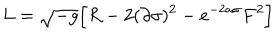
L = \sqrt { - g } \Big [ R - 2 ( \partial \sigma ) ^ { 2 } - e ^ { - 2 a \sigma } F ^ { 2 } \Big ]